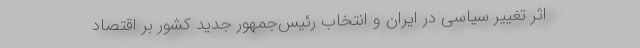
اثر تغییر سیاسی در ایران و انتخاب رئیس‌جمهور جدید كشور بر اقتصاد